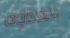
العداوة